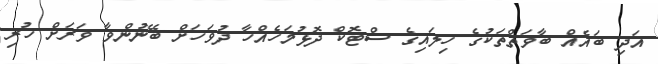
އަދި ބައެއް ބާވަތްތަކުގެ ހިލައިގެ ސްޓޮކް ދޮޅުމަހެއްހާ ދުވަހަށް ބޭނުންވާ ވަރަށް ހުރި